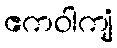
ဧကဝါကျံ